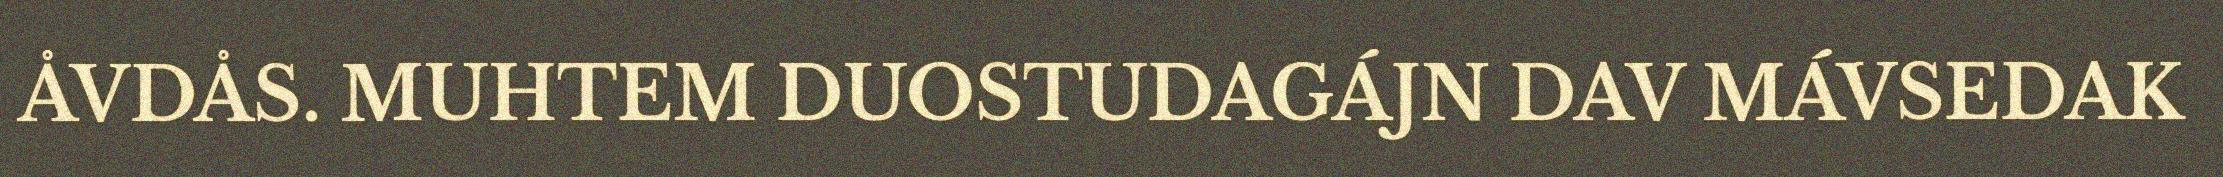
ÅVDÅS. MUHTEM DUOSTUDAGÁJN DAV MÁVSEDAK